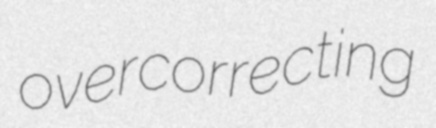
overcorrecting